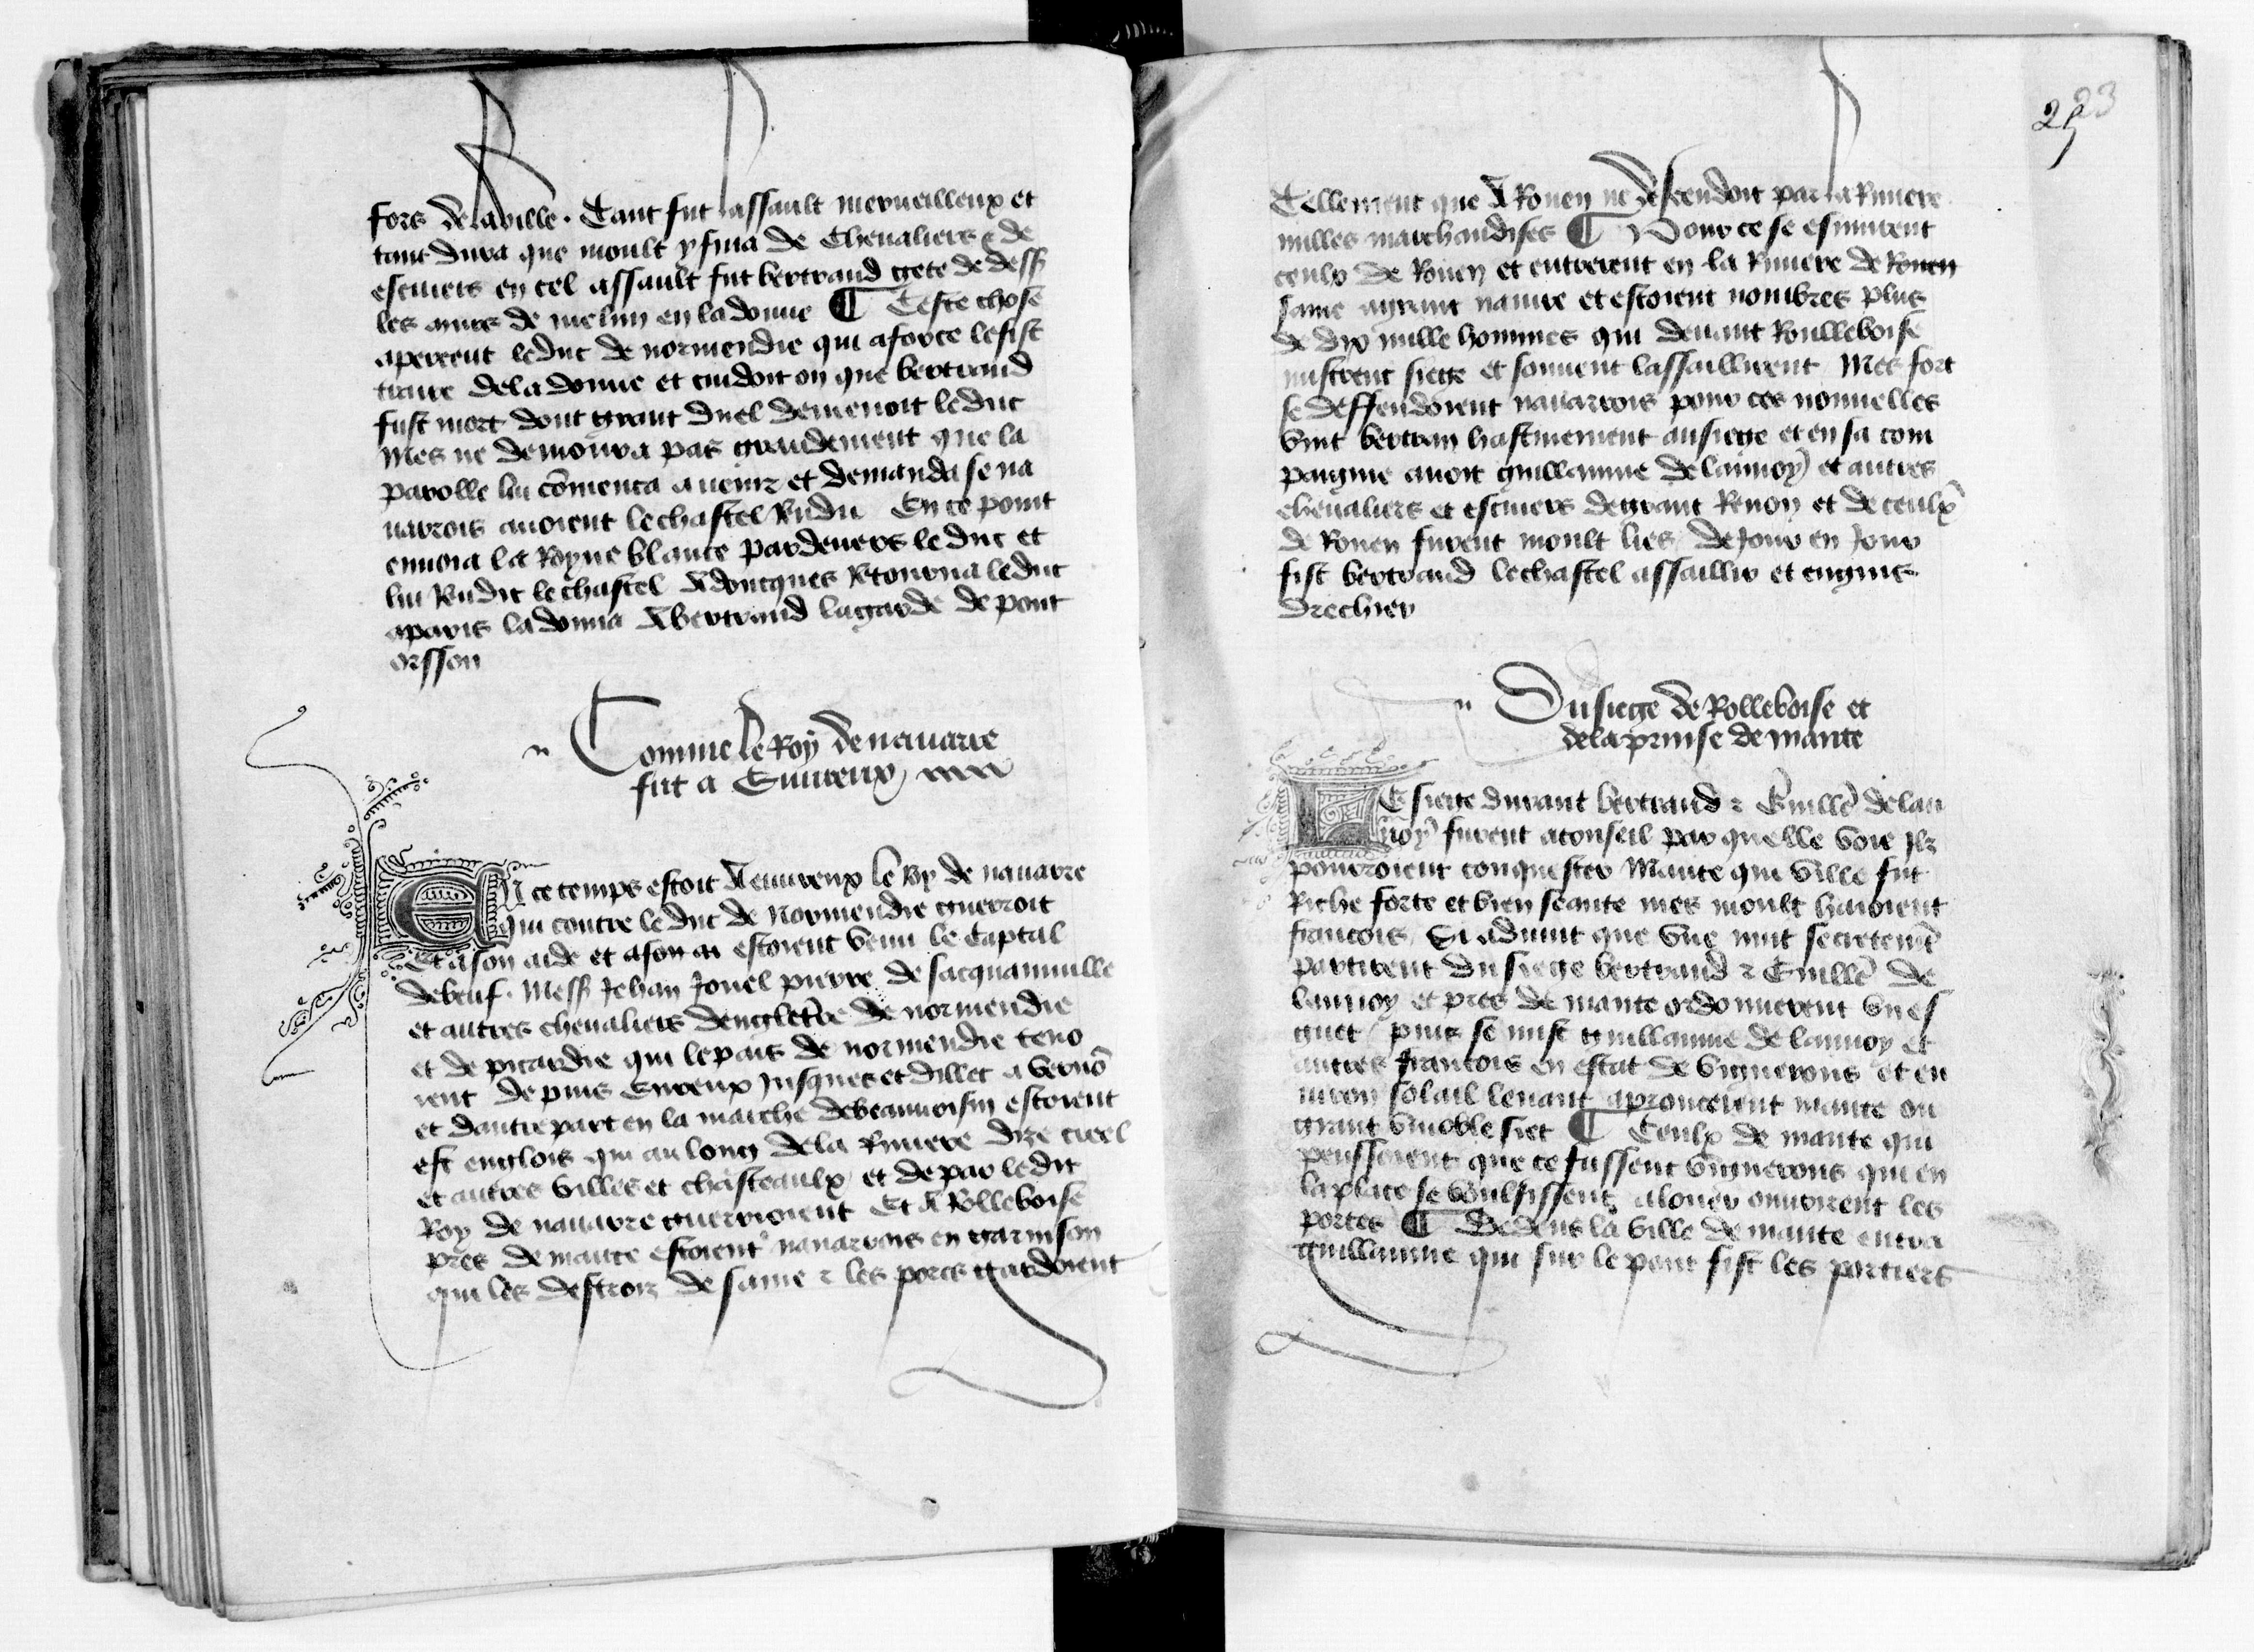
Shelfmark: Paris, BnF, fr. 1984
Century: 15